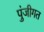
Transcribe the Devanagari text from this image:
पुंजीगत